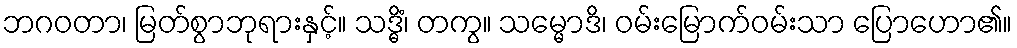
ဘဂဝတာ၊ မြတ်စွာဘုရားနှင့်။ သဒ္ဓိံ၊ တကွ။ သမ္မောဒိ၊ ဝမ်းမြောက်ဝမ်းသာ ပြောဟော၏။